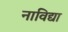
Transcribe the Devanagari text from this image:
नाविद्या